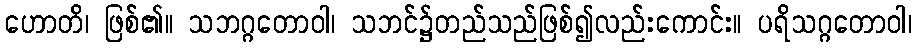
ဟောတိ၊ ဖြစ်၏။ သဘဂ္ဂတောဝါ၊ သဘင်၌တည်သည်ဖြစ်၍လည်းကောင်း။ ပရိသဂ္ဂတောဝါ၊